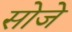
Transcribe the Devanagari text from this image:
सोजे